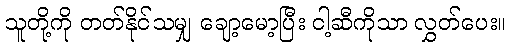
သူတို့ကို တတ်နိုင်သမျှ ချော့မော့ပြီး ငါ့ဆီကိုသာ လွှတ်ပေး။